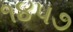
૧૪૫૭